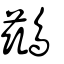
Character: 鷀